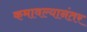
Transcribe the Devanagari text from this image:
कमावल्यानंतर